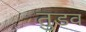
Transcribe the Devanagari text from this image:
तुडव